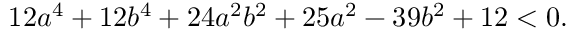
1 2 a ^ { 4 } + 1 2 b ^ { 4 } + 2 4 a ^ { 2 } b ^ { 2 } + 2 5 a ^ { 2 } - 3 9 b ^ { 2 } + 1 2 < 0 .